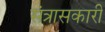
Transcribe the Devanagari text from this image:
संत्रासकारी